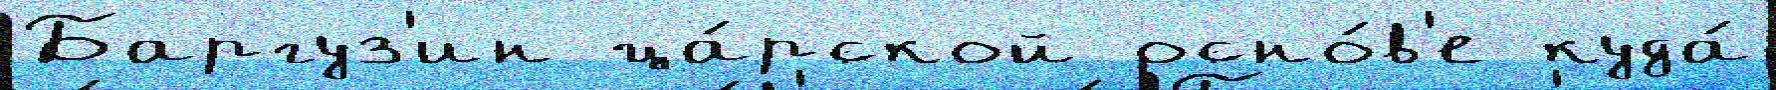
Баргуз'ин ца́рской осно́в'е куда́